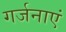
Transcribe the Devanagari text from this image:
गर्जनाएं